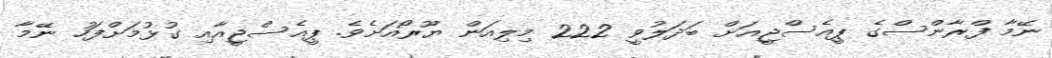
ނޭމާ ފްރާންސްގެ ޕީއެސްޖީއަށް ބަދަލުވީ 222 މިލިއަން ޔޫރޯއަށެވެ. ޕީއެސްޖީއާއި ގުޅުމަށްފަހު ނޭމާ